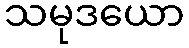
သမုဒယော